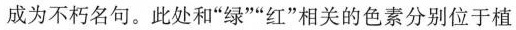
成为不朽名句。此处和”绿””红”相关的色素分别位于植